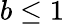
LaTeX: b\leq 1